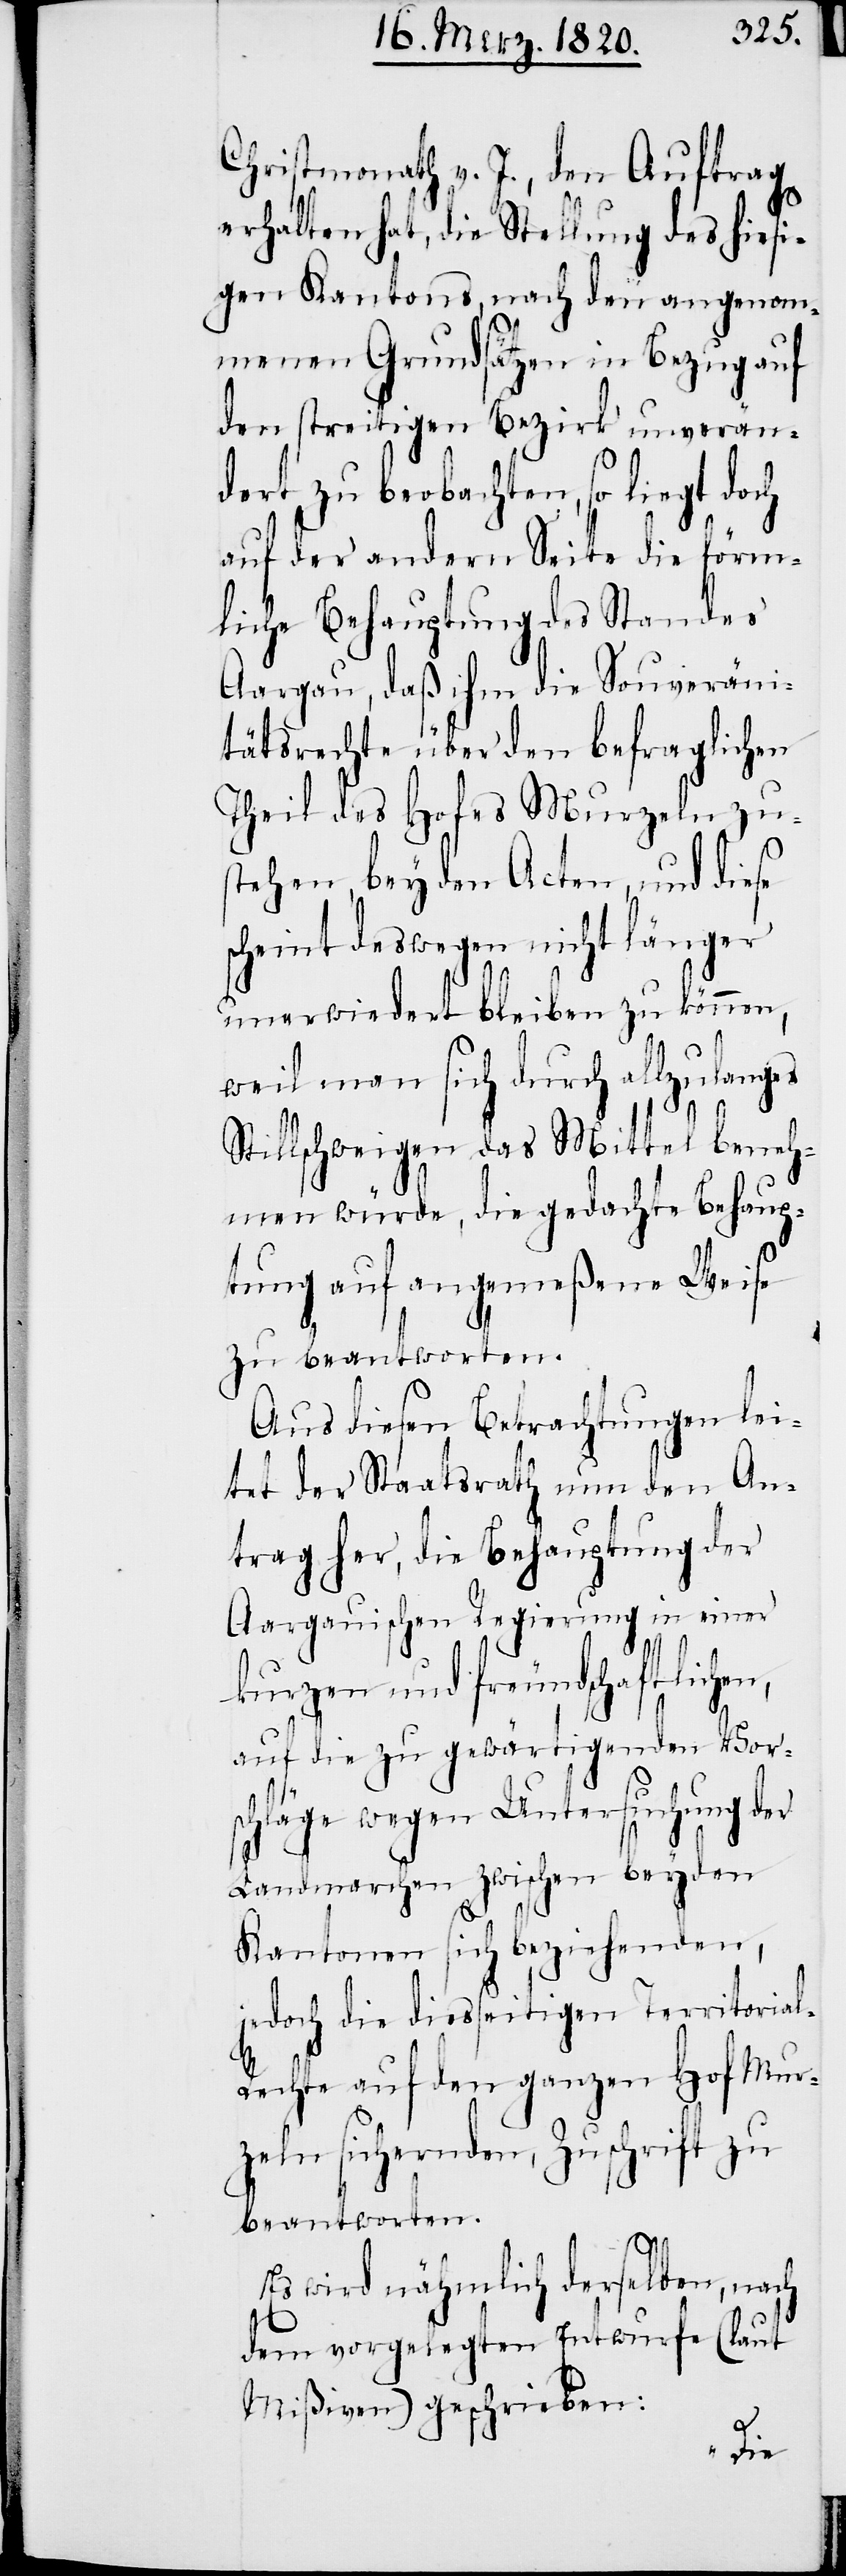
Christmonath v. J., den Auftrag
erhalten hat, die Stellung des hiesi¬
gen Kantons, nach den angenom¬
menen Grundsätzen in Bezug auf
den streitigen Bezirk un¬
verän¬
dert zu beobachten, so liegt doch
auf der andern Seite die förm¬
liche Behauptung des Standes
Aargau, daß ihm die Souveräni¬
tätsrechte über den befraglichen
Theil des Hofes Murzeln zus¬
tehen, bey den Acten, und diese
scheint deswegen nicht länger
unerwiedert bleiben zu können,
weil man sich durch allzulanges
Stillschweigen das Mittel beneh¬
men würde, die gedachte Behaup¬
tung auf angemeßene Weise
zu beantworten.
Aus diesen Betrachtungen lei¬
tet der Staatsrath nun den An¬
trag her, die Behauptung der
Aargauischen Regierung in einer
kurzen und freundschaftlichen,
auf die zu gewärtigenden Vor¬
schläge wegen Untersuchung der
Landmarchen zwischen beyden
Kantonen sich beziehenden,
jedoch die diesseitigen Territoria¬
l-Rechte auf den ganzen Hof Mur¬
zeln sichernden, Zuschrift zu
beantworten.
Es wird nähmlich derselben, nach
dem vorgelegten Entwurfe (laut
Mißiven) geschrieben: